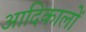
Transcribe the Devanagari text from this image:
आदिकालों